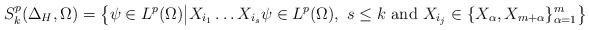
LaTeX: \begin{align*}S^p_k (\Delta_H, \Omega) = \big\{ \psi \in L^p (\Omega) \big| X_{i_1} \dots X_{i_s} \psi \in L^p (\Omega), \ s \leq k \mbox{ and } X_{i_j} \in \{ X_\alpha, X_{m+\alpha} \}_{\alpha=1}^m \big\}\end{align*}